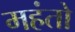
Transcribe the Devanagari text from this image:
महंतो